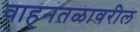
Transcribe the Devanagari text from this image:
वाहनतळावरील